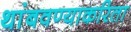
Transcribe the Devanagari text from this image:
थांबवण्याकरिता